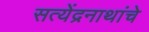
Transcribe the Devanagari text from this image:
सत्येंद्रनाथांचे